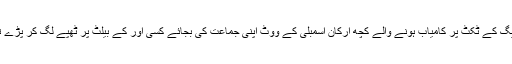
پنجاب میں اپنی پارٹی سے وفاداری کا حلف لینے کے باوجود ن لیگ کے ٹکٹ پر کامیاب ہونے والے کچھ ارکان اسمبلی کے ووٹ اپنی جماعت کی بجائے کسی اور کے بیلٹ پر ٹھپے لگ کر پڑے تو سندھ میں ایم کیو ایم کے امیدوار کیوں کسی سے پیچھے رہتے۔